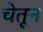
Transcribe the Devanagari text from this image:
चेतून